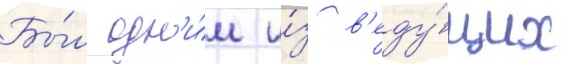
Бы́л одн'и́м и́з в'еду́щих